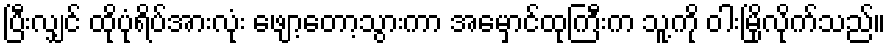
ပြီးလျှင် ထိုပုံရိပ်အားလုံး ဖျော့တော့သွားကာ အမှောင်ထုကြီးက သူ့ကို ဝါးမြိုလိုက်သည်။